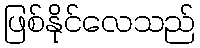
ဖြစ်နိုင်လေသည်